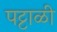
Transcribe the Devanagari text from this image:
पट्टाळी